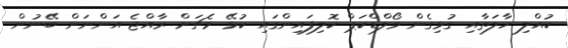
ކުއްލި ހާލަތާއި ގުޅިގެން ވޯލްޑްކަޕް ކޮލިފައިންގައި ކުޅޭ މެޗަށް ރާއްޖެ އަންނަން ބޭނުން